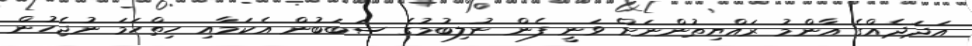
އަދަދެއްގެ އާންމު ރައްޔިތުންނަށް ވަނީ ފެން ނުލިބުމުގެ ސަބަބުން އެކަމާއި ހިތްހަމަ ނުޖެހުން